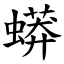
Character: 蟒